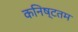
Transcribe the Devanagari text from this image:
कनिष्टतम